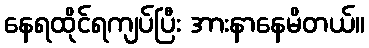
နေရထိုင်ရကျပ်ပြီး အားနာနေမိတယ်။